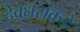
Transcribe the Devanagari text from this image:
देवधरांकडे